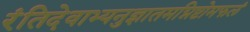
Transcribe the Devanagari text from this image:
रंतिदेवाभ्यनुज्ञातमग्निष्टोमफलं